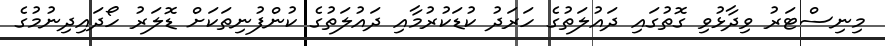
މިނިސްޓަރު ވިދާޅުވި ގޮތުގައި ދައުލަތުގެ ހަރަދު ކުޑަކުރުމާއި ދައުލަތުގެ ކުންފުނިތަކަށް ޑޮލަރު ހޯދައިދިނުމުގެ